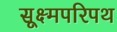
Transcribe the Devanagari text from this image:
सूक्ष्मपरिपथ